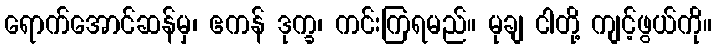
ရောက်အောင်ဆန်မှ၊ ဧကန် ဒုက္ခ၊ ကင်းကြရမည်။ မုချ ငါတို့ ကျင့်ဖွယ်ကို။